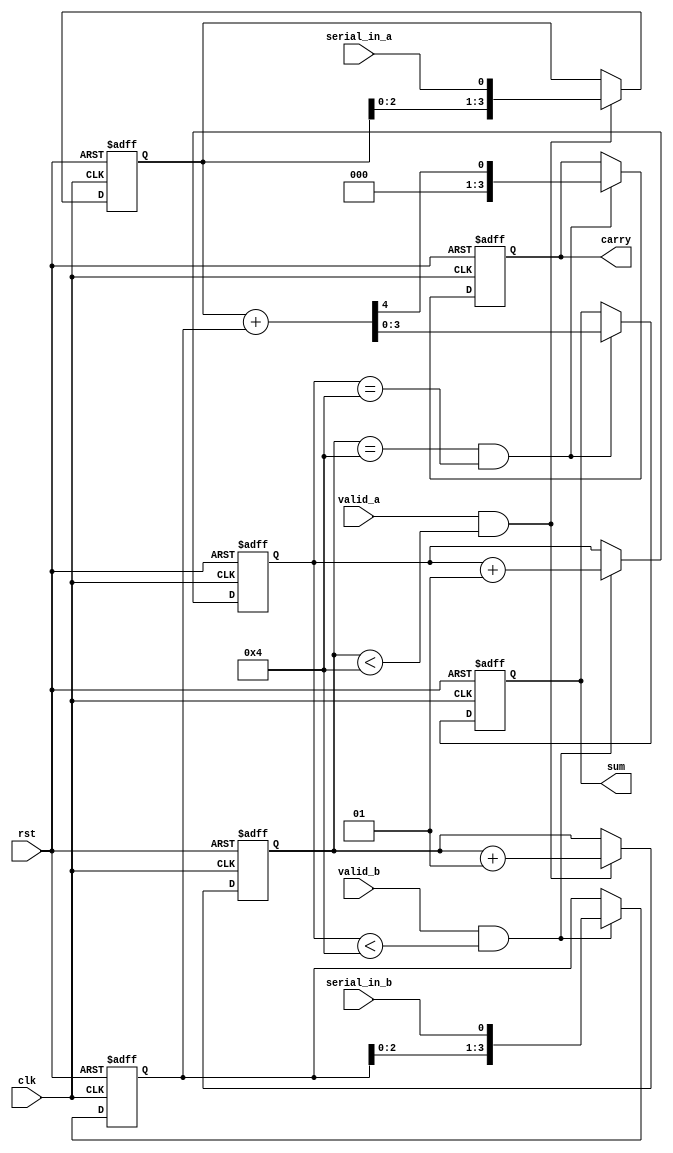
module CarrySaveAdderSerialInput #(
    parameter N = 4 // Bit width of the operands
)(
    input wire clk,          // Clock signal
    input wire rst,          // Reset signal
    input wire serial_in_a,  // Serial input for operand A
    input wire serial_in_b,  // Serial input for operand B
    input wire valid_a,      // Signal indicating valid input for operand A
    input wire valid_b,      // Signal indicating valid input for operand B
    output reg [N-1:0] sum,  // Sum output
    output reg [N-1:0] carry // Carry output
);

// Shift registers for the operands
reg [N-1:0] shift_reg_a;
reg [N-1:0] shift_reg_b;
reg [N-1:0] temp_sum;
reg [N-1:0] temp_carry;

// State to count the number of bits received
integer bit_count_a = 0;
integer bit_count_b = 0;

// Control logic to load bits into shift registers
always @(posedge clk or posedge rst) begin
    if (rst) begin
        shift_reg_a <= 0;
        shift_reg_b <= 0;
        bit_count_a <= 0;
        bit_count_b <= 0;
    end else begin
        // Load bits into shift registers for operand A
        if (valid_a && bit_count_a < N) begin
            shift_reg_a <= {shift_reg_a[N-2:0], serial_in_a};
            bit_count_a <= bit_count_a + 1;
        end

        // Load bits into shift registers for operand B
        if (valid_b && bit_count_b < N) begin
            shift_reg_b <= {shift_reg_b[N-2:0], serial_in_b};
            bit_count_b <= bit_count_b + 1;
        end
    end
end

// CSA Logic to perform addition after both operands are fully loaded
always @(posedge clk or posedge rst) begin
    if (rst) begin
        temp_sum <= 0;
        temp_carry <= 0;
        sum <= 0;
        carry <= 0;
    end else if (bit_count_a == N && bit_count_b == N) begin
        // Perform Carry Save Addition
        {temp_carry, temp_sum} = shift_reg_a + shift_reg_b;

        // Update outputs
        sum <= temp_sum;
        carry <= temp_carry;
    end
end

endmodule